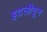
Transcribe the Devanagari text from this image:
इटलीतून